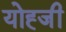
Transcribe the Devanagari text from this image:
योह्जी